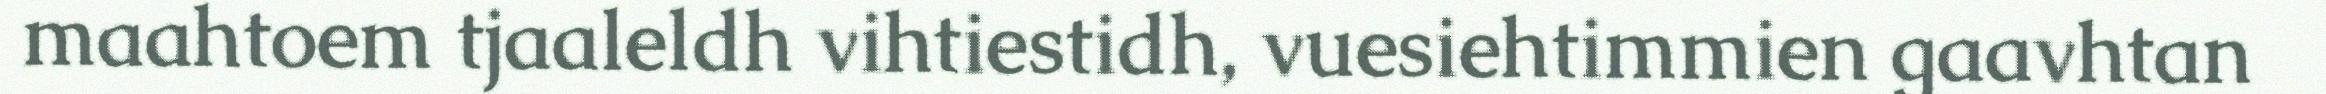
maahtoem tjaaleldh vihtiestidh, vuesiehtimmien gaavhtan